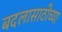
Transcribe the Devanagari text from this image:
बदलासाठीच्या